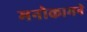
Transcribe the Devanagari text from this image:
मनोकामने